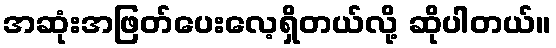
အဆုံးအဖြတ်ပေးလေ့ရှိတယ်လို့ ဆိုပါတယ်။